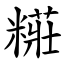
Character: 糚